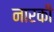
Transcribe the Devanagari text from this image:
नारकी